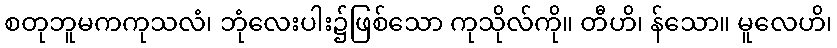
စတုဘူမကကုသလံ၊ ဘုံလေးပါး၌ဖြစ်သော ကုသိုလ်ကို။ တီဟိ၊ န်သော။ မူလေဟိ၊